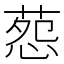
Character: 葾